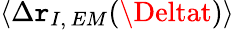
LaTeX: \langle\Delta\mathtt{r}_{I,\, EM}(\Deltat)\rangle